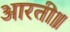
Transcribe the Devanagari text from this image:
आरती॥